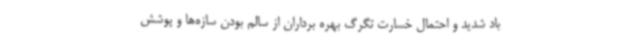
باد شدید و احتمال خسارت تگرگ بهره برداران از سالم بودن سازه‌ها و پوشش